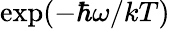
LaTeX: \exp(-\hbar\omega/kT)